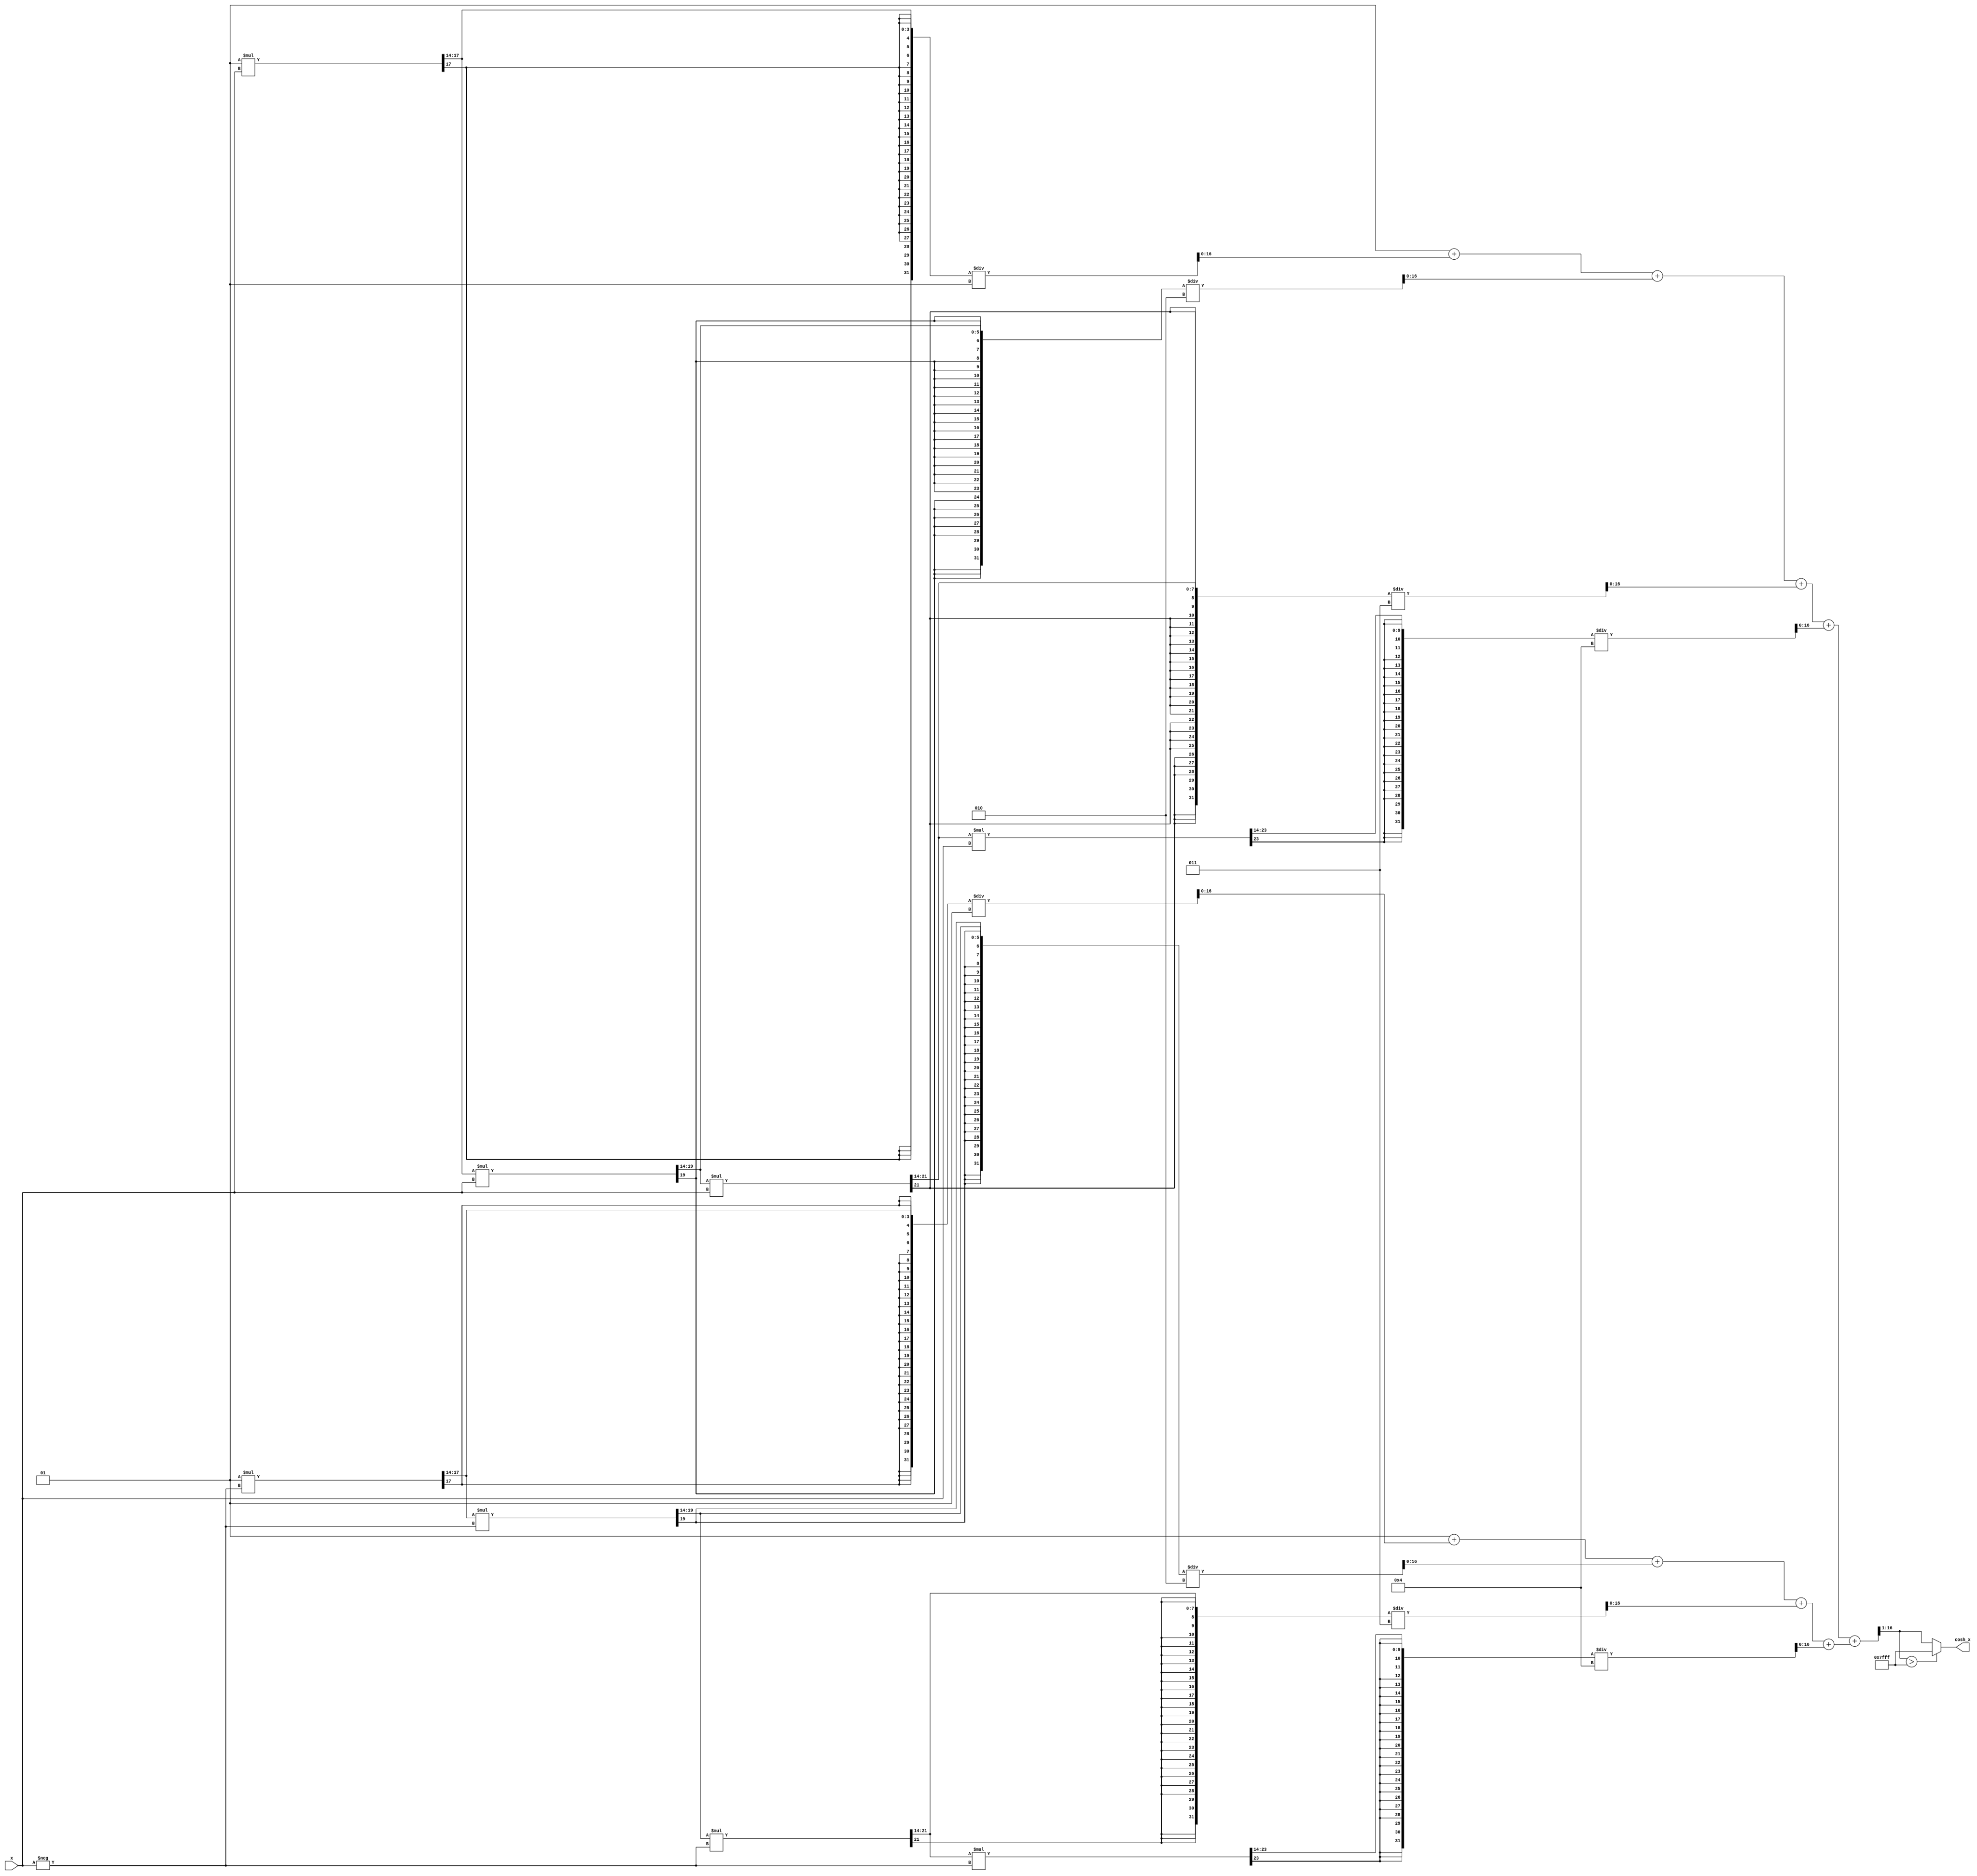
module hyperbolic_cosh (
    input signed [15:0] x,        // Input value (fixed-point representation)
    output reg signed [15:0] cosh_x // Output value (cosh(x))
);

    // Fixed-point scaling factor
    localparam integer SCALE = 14; // Adjust as needed for precision
    localparam signed [15:0] MAX_VAL = 16'h7FFF; // Positive max value

    // Taylor series coefficients for e^x up to 5 terms (x^0/0!, x^1/1!, x^2/2!, x^3/3!, x^4/4!)
    reg signed [31:0] exp_positive;
    reg signed [31:0] exp_negative;

    // Function to compute e^x using Taylor series
    function signed [31:0] exp_taylor;
        input signed [15:0] in;
        integer i;
        reg signed [31:0] term;
        reg signed [31:0] result;
        begin
            result = 32'h00000001; // Initialize e^0 = 1
            term = 32'h00000001;    // First term of the series (x^0/0!)

            for (i = 1; i <= 4; i = i + 1) begin // Compute 5 terms
                term = (term * in) >>> SCALE; // Get next term (x^i/i!)
                result = result + (term / i);
            end
            exp_taylor = result;
        end
    endfunction

    always @(*) begin
        // Compute e^x and e^(-x)
        exp_positive = exp_taylor(x);
        exp_negative = exp_taylor(-x);
        
        // Compute cosh(x) = (e^x + e^{-x}) / 2
        cosh_x = (exp_positive + exp_negative) >>> 1;

        // Optional: Handle edge cases
        if (cosh_x > MAX_VAL) begin
            cosh_x = MAX_VAL; // Saturate at max value
        end
    end

endmodule